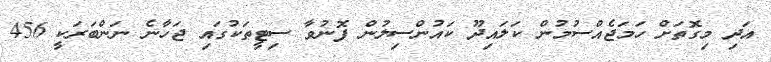
އަދި މިގޮތަށް ހަމަޖެއްސުމުން ކަލައިދޫ ކައުންސިލުން ފޮނުވާ ސިޓީތަކުގައި ޖަހާނެ ނަންބަރަކީ 456